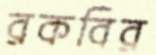
রকবির